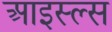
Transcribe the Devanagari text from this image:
आइस्ल्स